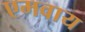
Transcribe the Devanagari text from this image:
एमवाय